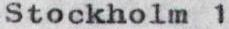
Stockholm 1